Indian Civil Veterinary Department memoirs
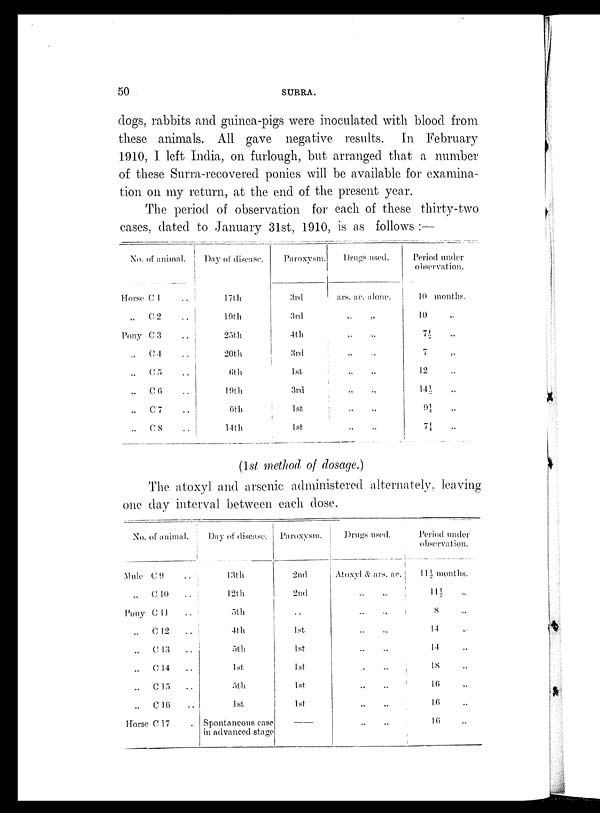
50
SURRA.
clogs, rabbits and guinea-pigs were inoculated with blood from
these animals. All gave negative results. In February
1910, I left India, on furlough, but arranged that a number
of these Surra-recovered ponies will be available for examina-
tion on my return, at the end of the present year.
The period of observation for each of these thirty-two
cases, dated to January 31st, 1910, is as follows:—
No. of animal.
Horse C 1 ..
„
C 2 ..
Pony C 3 ..
„ C 4 ..
„ C 5 ..
„ C 6 ..
„ C 7 ..
„ C 8 ..
Day of disease.
17th
19th
25th
20th
6th
19th
6th
14th
Paroxysm.
3rd
3rd
4th
3rd
1st
3rd
1st
1st
Drugs used.
ars. ac. alone.
„ „
„ „
„ „
„ „
„ „
„ „
„ „
Period under
observation.
10 months.
10 „
71
„
7 „
12 „
141
„
9¼ „
7¼
„
(1st method, of dosage.)
The atoxyl and arsenic administered alternately, leaving
one day interval between each dose.
No. of animal.
Mule C 9 ..
„ C 10 ..
Puny C 11 ..
„ C 12 ..
„ C 13 ..
„ C 14 ..
„ C 15 ..
„ C 16 ..
Horse C 17 ..
Day of disease.
13th
12th
5th
4th
5th
1st
3th
1st
Spontaneous case
in advanced stage
Paroxysm.
2nd
2nd
1st
1st
1st
1st
1st
—
Drugs used.
Atoxyl & ars. ac.
„ „
„ „
„ „
„ „
„ „
„ „
„ „
„ „
Period under
observation.
11½ months.
11½ „
8 „
14 „
14 „
18 „
16 „
16 „
16 „